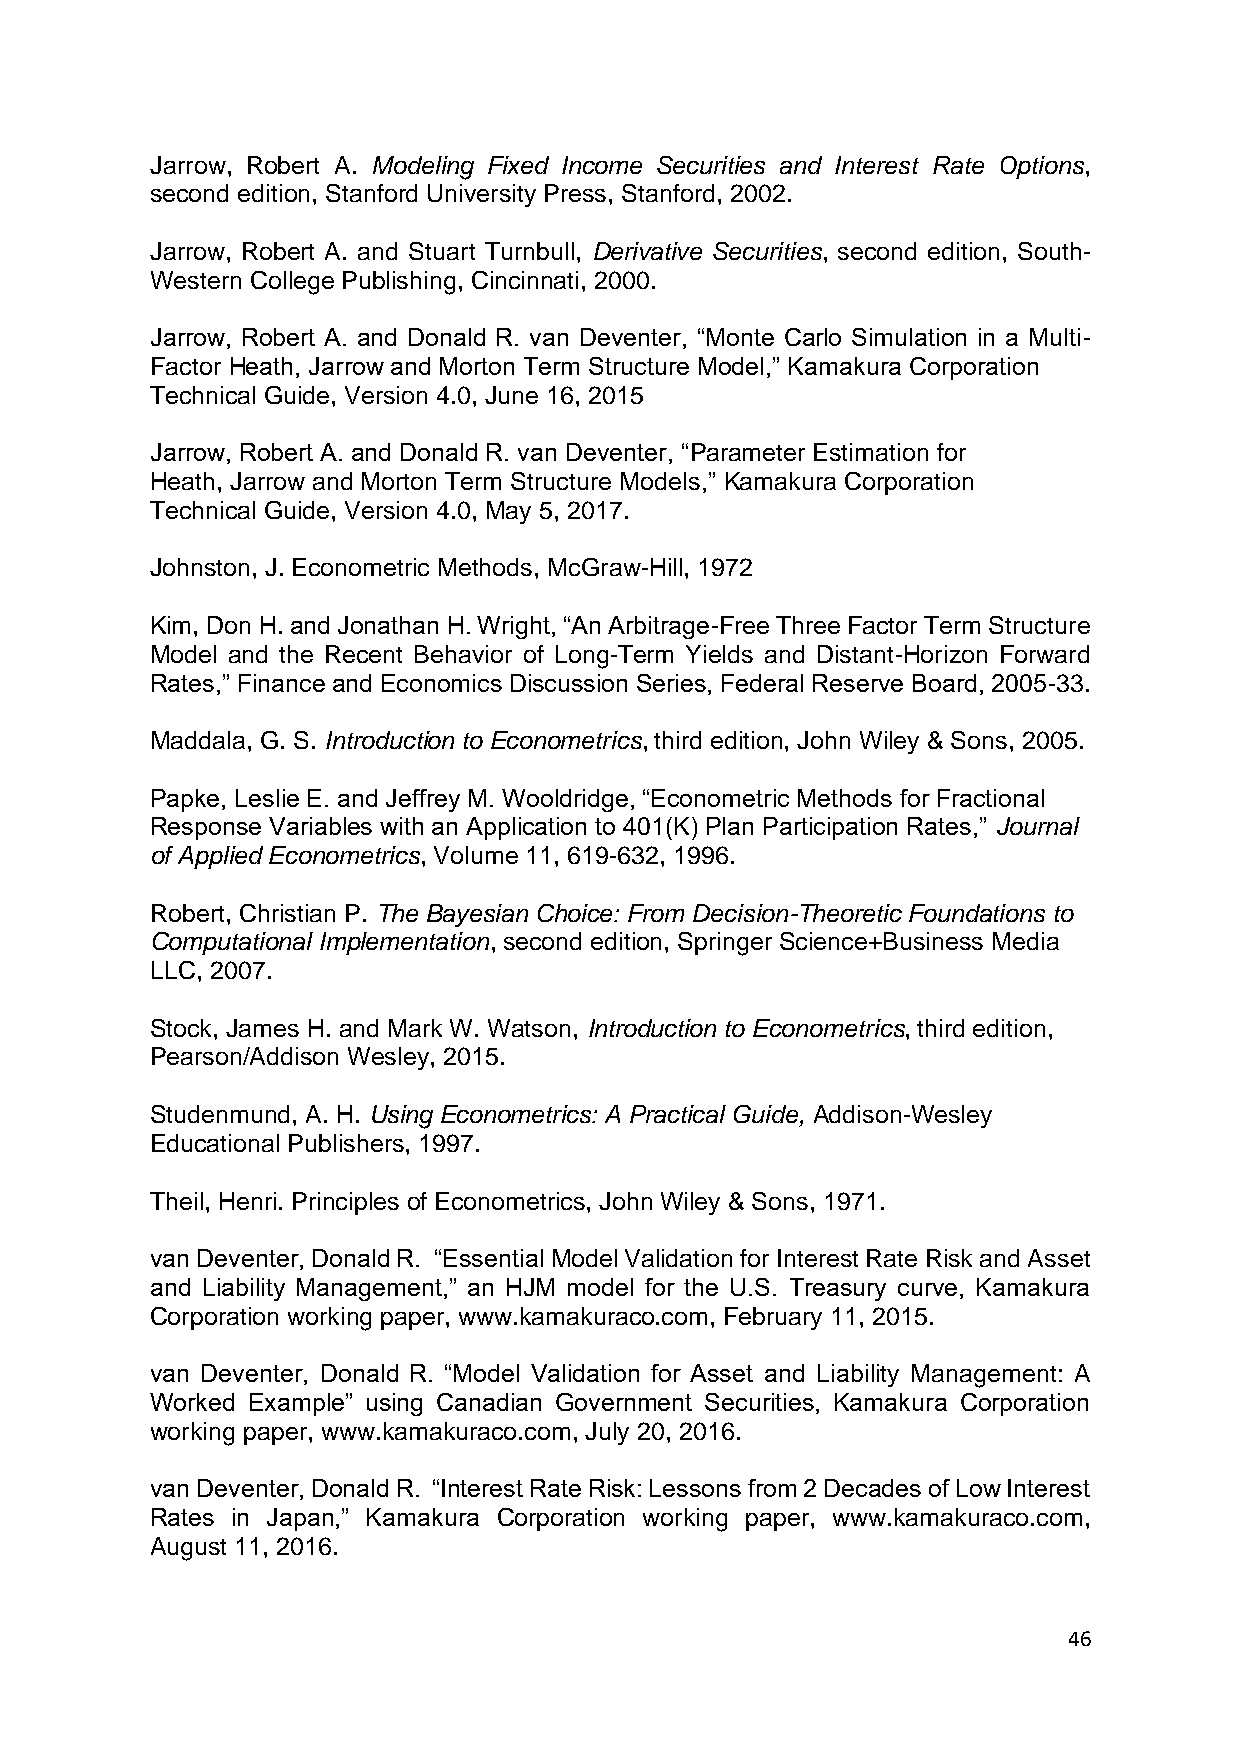
Jarrow, Robert A. Modeling Fixed Income Securities and Interest Rate Options,
 second edition, Stanford University Press, Stanford, 2002.
 Jarrow, Robert A. and Stuart Turnbull, Derivative Securities, second edition, South-
 Western College Publishing, Cincinnati, 2000.
 Jarrow, Robert A. and Donald R. van Deventer, “Monte Carlo Simulation in a Multi-
 Factor Heath, Jarrow and Morton Term Structure Model,” Kamakura Corporation
 Technical Guide, Version 4.0, June 16, 2015
 Jarrow, Robert A. and Donald R. van Deventer, “Parameter Estimation for
 Heath, Jarrow and Morton Term Structure Models,” Kamakura Corporation
 Technical Guide, Version 4.0, May 5, 2017.
 Johnston, J. Econometric Methods, McGraw-Hill, 1972
 Kim, Don H. and Jonathan H. Wright, “An Arbitrage-Free Three Factor Term Structure
 Model and the Recent Behavior of Long-Term Yields and Distant-Horizon Forward
 Rates,” Finance and Economics Discussion Series, Federal Reserve Board, 2005-33.
 Maddala, G. S. Introduction to Econometrics, third edition, John Wiley & Sons, 2005.
 Papke, Leslie E. and Jeffrey M. Wooldridge, “Econometric Methods for Fractional
 Response Variables with an Application to 401(K) Plan Participation Rates,” Journal
 of Applied Econometrics, Volume 11, 619-632, 1996.
 Robert, Christian P. The Bayesian Choice: From Decision-Theoretic Foundations to
 Computational Implementation, second edition, Springer Science+Business Media
 LLC, 2007.
 Stock, James H. and Mark W. Watson, Introduction to Econometrics, third edition,
 Pearson/Addison Wesley, 2015.
 Studenmund, A. H. Using Econometrics: A Practical Guide, Addison-Wesley
 Educational Publishers, 1997.
 Theil, Henri. Principles of Econometrics, John Wiley & Sons, 1971.
 van Deventer, Donald R. “Essential Model Validation for Interest Rate Risk and Asset
 and Liability Management,” an HJM model for the U.S. Treasury curve, Kamakura
 Corporation working paper, www.kamakuraco.com, February 11, 2015.
 van Deventer, Donald R. “Model Validation for Asset and Liability Management: A
 Worked Example” using Canadian Government Securities, Kamakura Corporation
 working paper, www.kamakuraco.com, July 20, 2016.
 van Deventer, Donald R. “Interest Rate Risk: Lessons from 2 Decades of Low Interest
 Rates in Japan,” Kamakura Corporation working paper, www.kamakuraco.com,
 August 11, 2016.
 46